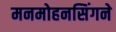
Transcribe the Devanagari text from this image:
मनमोहनसिंगने